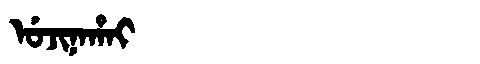
Manchu: ᡠᠵᡳᠨᠠᡥᠠᡳ
Romanization: UJINAHAI